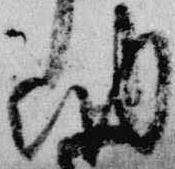
納